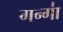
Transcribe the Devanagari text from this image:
गन्गा॑